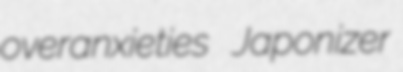
overanxieties Japonizer